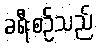
ခရီးစဉ်သည်